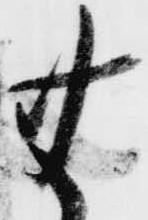
無